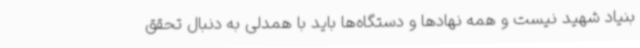
بنیاد شهید نیست و همه نهادها و دستگاه‌ها باید با همدلی به دنبال تحقق